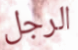
الرجل